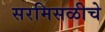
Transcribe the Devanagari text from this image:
सरमिसळीचे